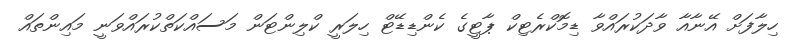
ހިލާފަށް އޭނާއާ ވާދަކުރައްވާ ޑިމޮކްރެޓިކް ޕާޓީގެ ކެންޑިޑޭޓް ހިލަރީ ކްލިންޓަން މަސައްކަތްކުރައްވަނީ މައިންތައް